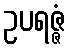
ဥပရဇ္ဇံ